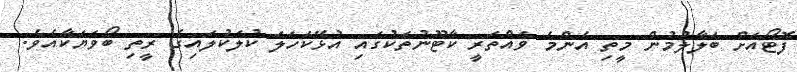
ފޮޓޯއަށް ބަލާލުމުން މީތި އެންމެ ވައްތަރީ ކާޓޫނުތަކުގައި އުޅޭކަހަލަ ކުލަކުލައިގެ ރީތި ބޯވަޔަކާއެވެ.